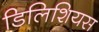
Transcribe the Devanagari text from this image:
डिलिशियस